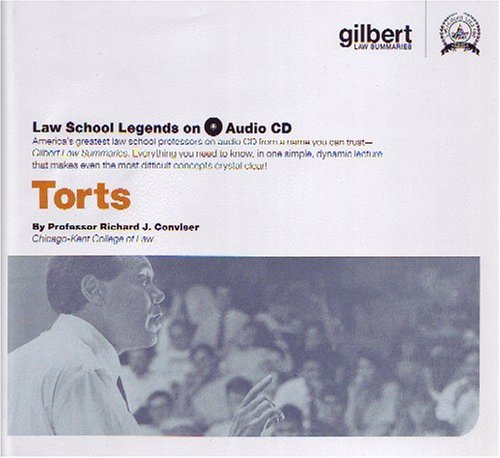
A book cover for Torts (Law School Legends Audio Series); Richard Conviser; Law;